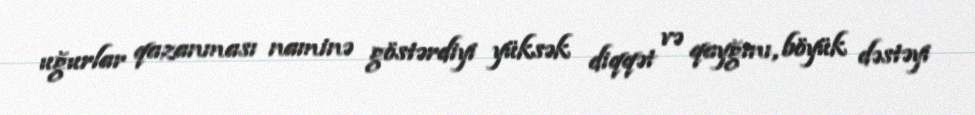
uğurlar qazanması naminə göstərdiyi yüksək diqqət və qayğını, böyük dəstəyi